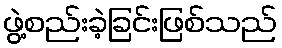
ဖွဲ့စည်းခဲ့ခြင်းဖြစ်သည်